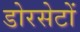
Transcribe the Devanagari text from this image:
डोरसेटों